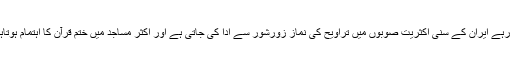
یاد رہے ایران کے سنی اکثریت صوبوں میں تراویح کی نماز زورشور سے ادا کی جاتی ہے اور اکثر مساجد میں ختم قرآن کا اہتمام ہوتاہے۔